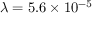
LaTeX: \lambda = 5 . 6 \times 1 0 ^ { - 5 }